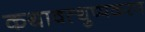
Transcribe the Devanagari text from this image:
कथावत्थुप्पकरण